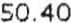
50.40